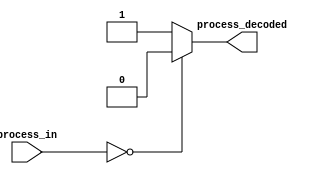
module PROCESS_DECODE(process_in, process_decoded);
	
	//INPUTS
	input [31:0] process_in;
	
	//OUTPUTS
	output process_decoded;
	
	assign process_decoded = (process_in == 32'b0) ? 1'b0 : 1'b1;
	
endmodule